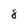
Character: 8